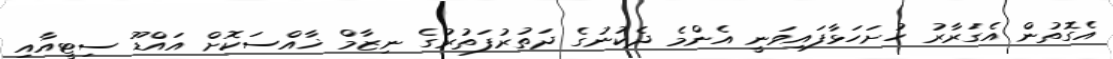
އެގޮތުން އެގަރާރު ހުށަހަޅާފައިވަނީ އެންމެ ދެކުނުގެ ދަތުރުފަތުރުގެ ނިޒާމް ޚާއްސަކޮށް އައްޑޫ ސިޓީއާއި